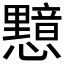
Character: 𭟛